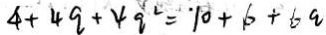
4 + 4 q + 4 q ^ { 2 } = 1 0 + 1 6 + 6 q